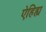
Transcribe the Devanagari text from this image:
ऐहिह्य